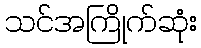
သင်အကြိုက်ဆုံး